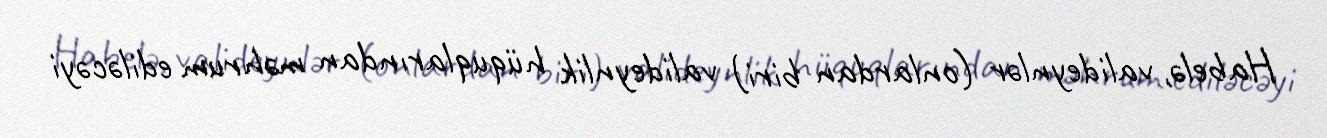
Habelə, valideynlər (onlardan biri) valideynlik hüquqlarından məhrum ediləcəyi